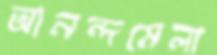
আনন্দমেলা